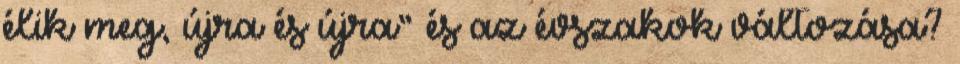
élik meg, újra és újra” és az évszakok változása?